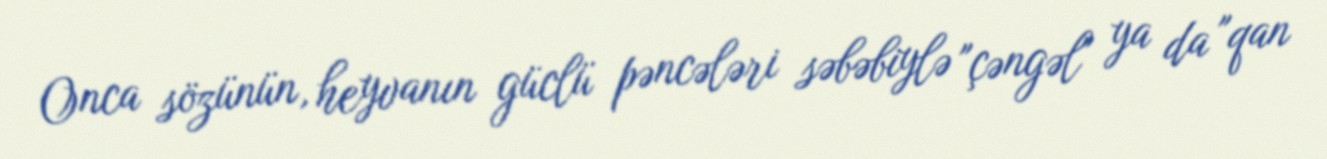
Onca sözünün, heyvanın güclü pəncələri səbəbiylə "çəngəl" ya da "qan